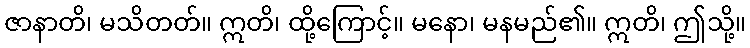
ဇာနာတိ၊ မသိတတ်။ ဣတိ၊ ထို့ကြောင့်။ မနော၊ မနမည်၏။ ဣတိ၊ ဤသို့။